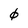
Character: 0